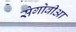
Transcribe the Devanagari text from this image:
सेगोवीआ